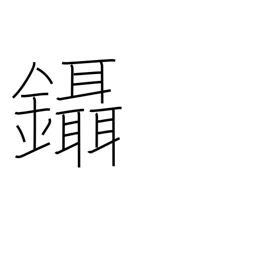
Meaning: pluck hair